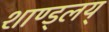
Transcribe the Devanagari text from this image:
शाण्ड्लय्